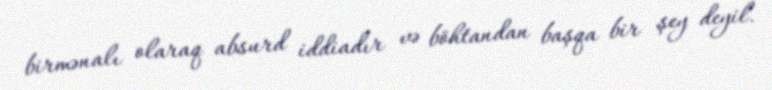
birmənalı olaraq absurd iddiadır və böhtandan başqa bir şey deyil.